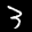
Label: 3